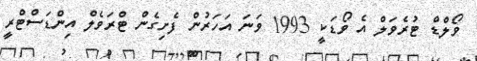
ވޯލްޑް ޓުރެވަލް އެ ވޯޑަކީ 1993 ވަނަ އަހަރުން ފެށިގެން ޓްރަވެލް އިންޑަސްޓްރީ